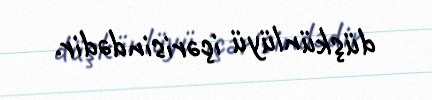
düşkünlüyü içərisindədir.